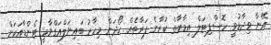
އޭނާ ވިދާޅުވީ ހޮސްޕިޓަލް އިމާރާތް ކުރާނެ ފަރާތެއް ހޯދަން މިހާރު ބައިނަލްއަގްވާމީ ޓެންޑާއަކަށް